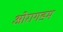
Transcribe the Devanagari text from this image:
ओरागडम